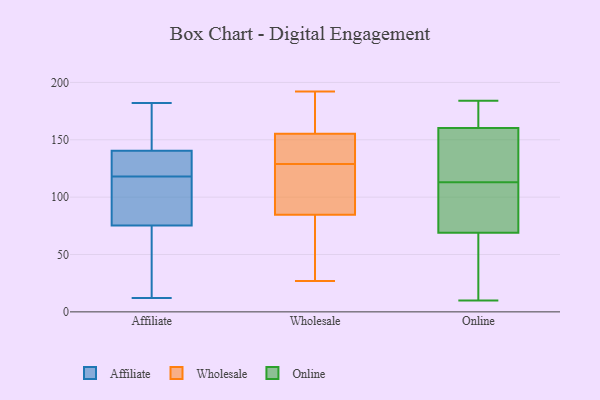
{"axis": {"x": "Inventory Turnover", "y": "Value"}, "legend": ["Affiliate", "Online", "Wholesale"], "data": [{"x": "", "y": 30, "type": "Affiliate"}, {"x": "", "y": 118, "type": "Affiliate"}, {"x": "", "y": 98, "type": "Affiliate"}, {"x": "", "y": 125, "type": "Affiliate"}, {"x": "", "y": 85, "type": "Affiliate"}, {"x": "", "y": 82, "type": "Affiliate"}, {"x": "", "y": 12, "type": "Affiliate"}, {"x": "", "y": 154, "type": "Affiliate"}, {"x": "", "y": 134, "type": "Affiliate"}, {"x": "", "y": 182, "type": "Affiliate"}, {"x": "", "y": 168, "type": "Affiliate"}, {"x": "", "y": 55, "type": "Affiliate"}, {"x": "", "y": 136, "type": "Affiliate"}, {"x": "", "y": 27, "type": "Wholesale"}, {"x": "", "y": 30, "type": "Wholesale"}, {"x": "", "y": 129, "type": "Wholesale"}, {"x": "", "y": 155, "type": "Wholesale"}, {"x": "", "y": 150, "type": "Wholesale"}, {"x": "", "y": 192, "type": "Wholesale"}, {"x": "", "y": 159, "type": "Wholesale"}, {"x": "", "y": 120, "type": "Wholesale"}, {"x": "", "y": 143, "type": "Wholesale"}, {"x": "", "y": 58, "type": "Wholesale"}, {"x": "", "y": 95, "type": "Wholesale"}, {"x": "", "y": 140, "type": "Wholesale"}, {"x": "", "y": 156, "type": "Wholesale"}, {"x": "", "y": 183, "type": "Wholesale"}, {"x": "", "y": 78, "type": "Wholesale"}, {"x": "", "y": 102, "type": "Wholesale"}, {"x": "", "y": 87, "type": "Wholesale"}, {"x": "", "y": 113, "type": "Online"}, {"x": "", "y": 35, "type": "Online"}, {"x": "", "y": 184, "type": "Online"}, {"x": "", "y": 102, "type": "Online"}, {"x": "", "y": 113, "type": "Online"}, {"x": "", "y": 117, "type": "Online"}, {"x": "", "y": 173, "type": "Online"}, {"x": "", "y": 96, "type": "Online"}, {"x": "", "y": 143, "type": "Online"}, {"x": "", "y": 51, "type": "Online"}, {"x": "", "y": 166, "type": "Online"}, {"x": "", "y": 10, "type": "Online"}, {"x": "", "y": 104, "type": "Online"}, {"x": "", "y": 60, "type": "Online"}, {"x": "", "y": 175, "type": "Online"}]}